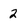
Character: 2